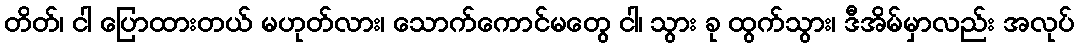
တိတ်၊ ငါ ပြောထားတယ် မဟုတ်လား၊ သောက်ကောင်မတွေ ငါ၊ သွား ခု ထွက်သွား၊ ဒီအိမ်မှာလည်း အလုပ်